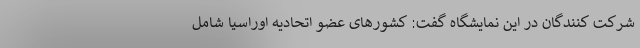
شرکت کنندگان در این نمایشگاه گفت: کشورهای عضو اتحادیه اوراسیا شامل